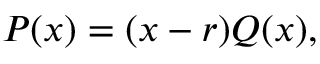
P ( x ) = ( x - r ) Q ( x ) ,